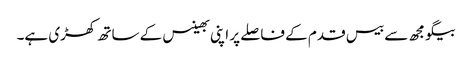
بیگو مجھ سے بیس قدم کے فاصلے پر اپنی بھینس کے ساتھ کھڑی ہے۔